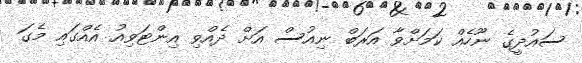
ސައުދީގެ ނޫހެއް ކަމަށްވާ އަރަބް ނިއުސް އަށް ދެއްވި އިންޓަވިއު އެއްގައި މެގަ